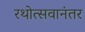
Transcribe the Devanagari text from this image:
रथोत्सवानंतर